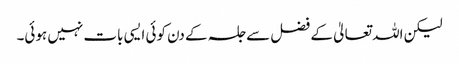
لیکن اللہ تعالیٰ کے فضل سے جلسہ کے دن کوئی ایسی بات نہیں ہوئی۔